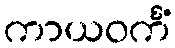
ကာယဝင်္ကံ